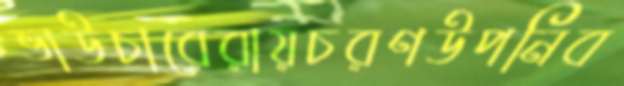
ভাউচারেরায়চরণউপনিব